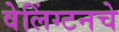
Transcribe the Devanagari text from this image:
वेलिंग्टनचे